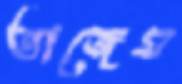
তাজেম